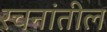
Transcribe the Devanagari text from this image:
रचनांतील